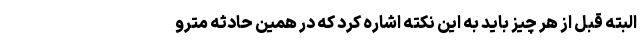
البته قبل از هر چیز باید به این نکته اشاره کرد که در همین حادثه مترو